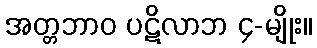
အတ္တဘာဝ ပဋိလာဘ ၄-မျိုး။